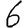
Digit: 6